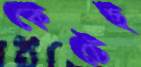
কেটেছ